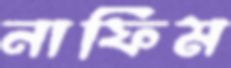
নাফিম